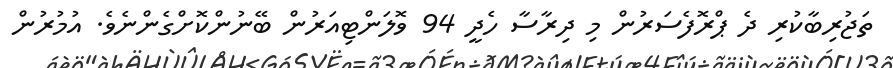
ތަޖުރިބާކުރި ދެ ޕްރޮފެސަރުން މި ދިރާސާ ހެދީ 94 ވޮލަންޓިއަރުން ބޭނުންކޮށްގެންނެވެ. އުމުރުން